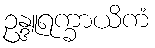
ဥန္ဒူရက္ခာယိကံ